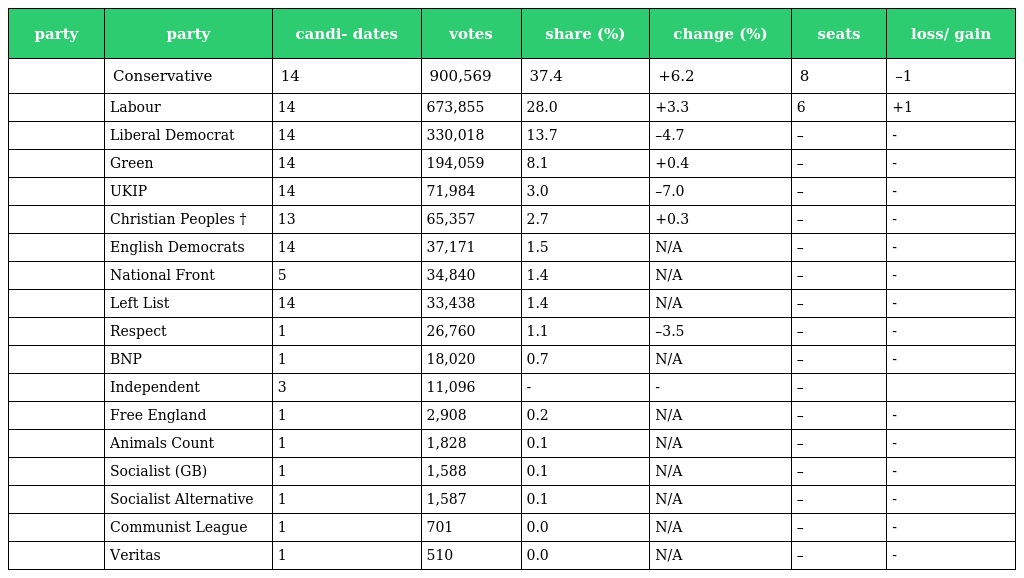
| party | party | candi- dates | votes | share (%) | change (%) | seats | loss/ gain |
 | --- | --- | --- | --- | --- | --- | --- | --- |
 |  | Conservative | 14 | 900,569 | 37.4 | +6.2 | 8 | –1 |
 |  | Labour | 14 | 673,855 | 28.0 | +3.3 | 6 | +1 |
 |  | Liberal Democrat | 14 | 330,018 | 13.7 | –4.7 | – | - |
 |  | Green | 14 | 194,059 | 8.1 | +0.4 | – | - |
 |  | UKIP | 14 | 71,984 | 3.0 | –7.0 | – | - |
 |  | Christian Peoples † | 13 | 65,357 | 2.7 | +0.3 | – | - |
 |  | English Democrats | 14 | 37,171 | 1.5 | N/A | – | - |
 |  | National Front | 5 | 34,840 | 1.4 | N/A | – | - |
 |  | Left List | 14 | 33,438 | 1.4 | N/A | – | - |
 |  | Respect | 1 | 26,760 | 1.1 | –3.5 | – | - |
 |  | BNP | 1 | 18,020 | 0.7 | N/A | – | - |
 |  | Independent | 3 | 11,096 | - | - | – |  |
 |  | Free England | 1 | 2,908 | 0.2 | N/A | – | - |
 |  | Animals Count | 1 | 1,828 | 0.1 | N/A | – | - |
 |  | Socialist (GB) | 1 | 1,588 | 0.1 | N/A | – | - |
 |  | Socialist Alternative | 1 | 1,587 | 0.1 | N/A | – | - |
 |  | Communist League | 1 | 701 | 0.0 | N/A | – | - |
 |  | Veritas | 1 | 510 | 0.0 | N/A | – | - |